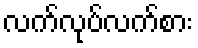
လက်လုပ်လက်စား